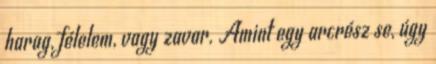
harag, félelem, vagy zavar. Amint egy arcrész se, úgy